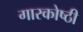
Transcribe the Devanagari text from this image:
गारकोष्ठी